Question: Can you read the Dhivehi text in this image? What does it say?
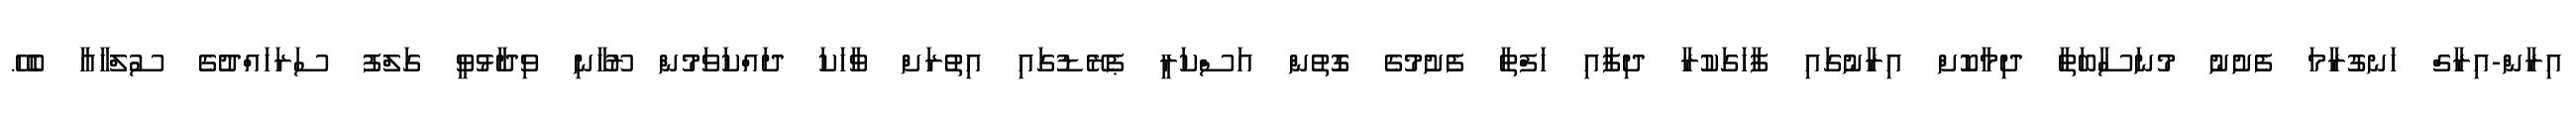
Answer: އިރާން-އިރާގް ހަނގުރާމަ ފެށުނު މުނަސާބަތާ ދިމާކޮށް އިރާނުގައި ފާހަގަކުރާ ދިފާއި ހަފްތާ ފެށުމުގެ ގޮތުން އަސްކަރީ ޕެރޭޑުގައި އިތުރަށް ވާހަކަ ދައްކަވަމުން ރޫހާނި ވިދާޅުވީ ގަލްފު ސަރަހައްދުގެ ސުލްހާއާ ބެހޭ.